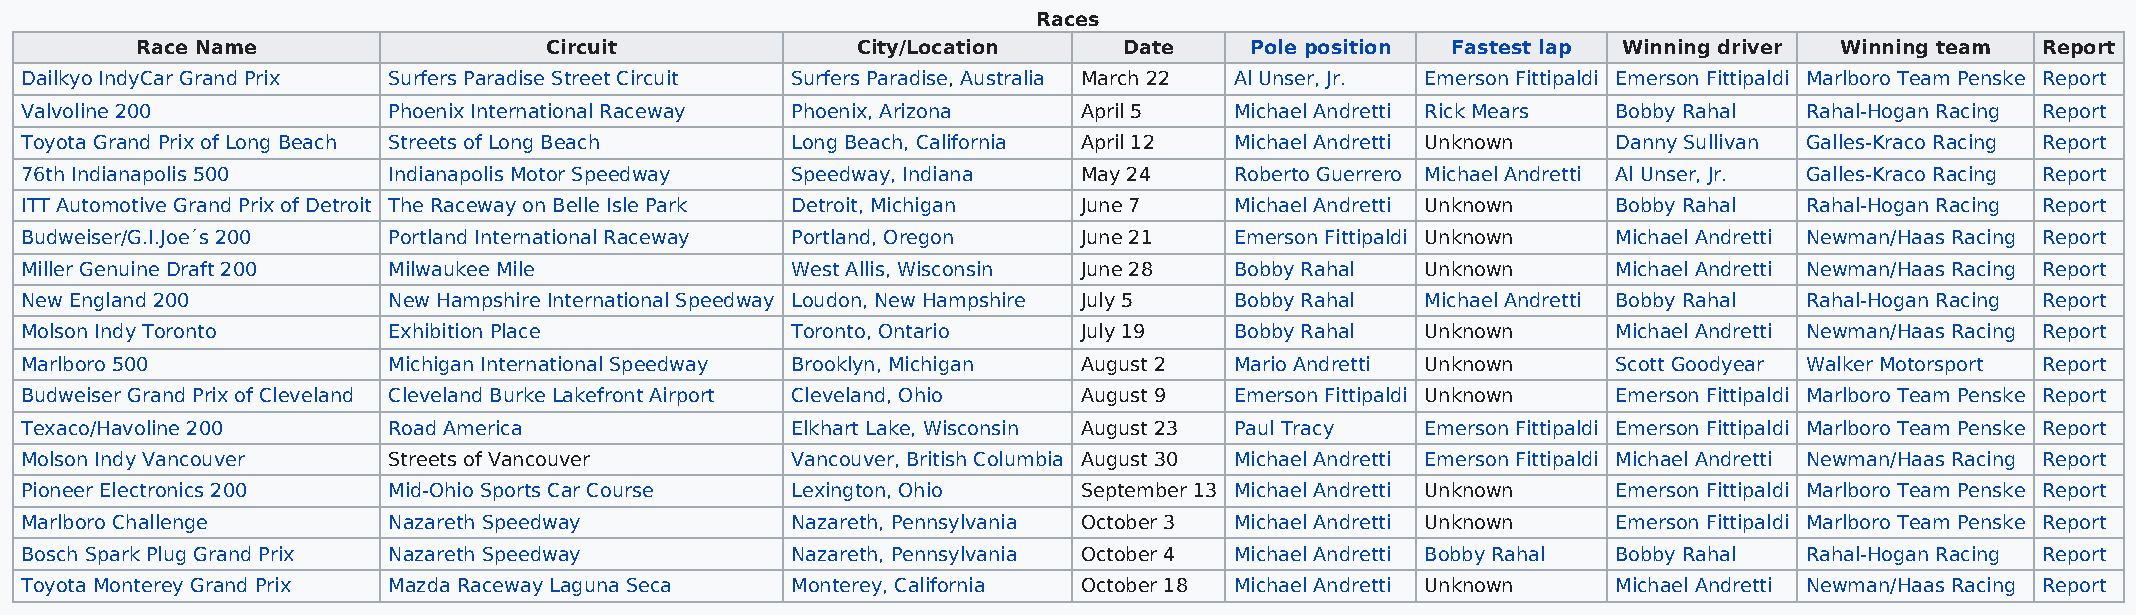
Races
 Race Name                  Circuit              City/Location    Date     Pole position Fastest lap Winning driver Winning team Report
 Dailkyo IndyCar Grand Prix Surfers Paradise Street Circuit Surfers Paradise, Australia March 22 Al Unser, Jr. Emerson Fittipaldi Emerson Fittipaldi Marlboro Team Penske Report
 Valvoline 200            Phoenix International Raceway Phoenix, Arizona April 5  Michael Andretti Rick Mears Bobby Rahal Rahal-Hogan Racing Report
 Toyota Grand Prix of Long Beach Streets of Long Beach Long Beach, California April 12 Michael Andretti Unknown Danny Sullivan Galles-Kraco Racing Report
 76th Indianapolis 500    Indianapolis Motor Speedway Speedway, Indiana May 24    Roberto Guerrero Michael Andretti Al Unser, Jr. Galles-Kraco Racing Report
 ITT Automotive Grand Prix of Detroit The Raceway on Belle Isle Park Detroit, Michigan June 7 Michael Andretti Unknown Bobby Rahal Rahal-Hogan Racing Report
 Budweiser/G.I.Joe´s 200  Portland International Raceway Portland, Oregon June 21 Emerson Fittipaldi Unknown Michael Andretti Newman/Haas Racing Report
 Miller Genuine Draft 200 Milwaukee Mile            West Allis, Wisconsin June 28 Bobby Rahal Unknown      Michael Andretti Newman/Haas Racing Report
 New England 200          New Hampshire International Speedway Loudon, New Hampshire July 5 Bobby Rahal Michael Andretti Bobby Rahal Rahal-Hogan Racing Report
 Molson Indy Toronto      Exhibition Place          Toronto, Ontario    July 19   Bobby Rahal Unknown      Michael Andretti Newman/Haas Racing Report
 Marlboro 500             Michigan International Speedway Brooklyn, Michigan August 2 Mario Andretti Unknown Scott Goodyear Walker Motorsport Report
 Budweiser Grand Prix of Cleveland Cleveland Burke Lakefront Airport Cleveland, Ohio August 9 Emerson Fittipaldi Unknown Emerson Fittipaldi Marlboro Team Penske Report
 Texaco/Havoline 200      Road America              Elkhart Lake, Wisconsin August 23 Paul Tracy Emerson Fittipaldi Emerson Fittipaldi Marlboro Team Penske Report
 Molson Indy Vancouver    Streets of Vancouver      Vancouver, British Columbia August 30 Michael Andretti Emerson Fittipaldi Michael Andretti Newman/Haas Racing Report
 Pioneer Electronics 200  Mid-Ohio Sports Car Course Lexington, Ohio    September 13 Michael Andretti Unknown Emerson Fittipaldi Marlboro Team Penske Report
 Marlboro Challenge       Nazareth Speedway         Nazareth, Pennsylvania October 3 Michael Andretti Unknown Emerson Fittipaldi Marlboro Team Penske Report
 Bosch Spark Plug Grand Prix Nazareth Speedway      Nazareth, Pennsylvania October 4 Michael Andretti Bobby Rahal Bobby Rahal Rahal-Hogan Racing Report
 Toyota Monterey Grand Prix Mazda Raceway Laguna Seca Monterey, California October 18 Michael Andretti Unknown Michael Andretti Newman/Haas Racing Report